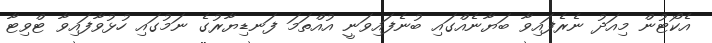
އެކޯޓުން މިއަދު ނެރެފައިވާ ބަޔާނެއްގައި ބުނެފައިވަނީ އުއްތަމަ ފަނޑިޔާރުގެ ނަމުގައި ހުޅުވާފައިވާ ޓްވިޓާ